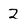
Character: 2